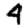
Digit: 4